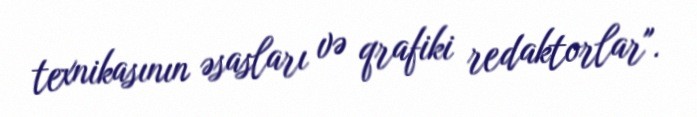
texnikasının əsasları və qrafiki redaktorlar".